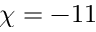
\chi = - 1 1